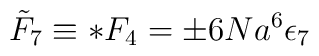
{\tilde F}_{7}\equiv *F_4=\pm 6Na^{6}\epsilon_7